Note on the mental hospitals in Burma - 1925-1940
Year: 1925
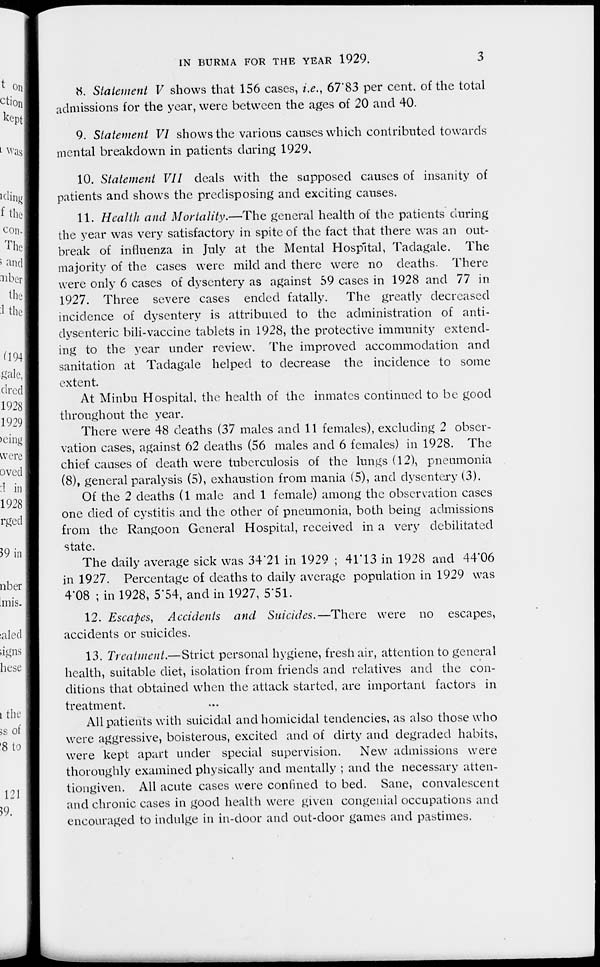
IN BURMA FOR THE YEAR 1929.
3
8. Statement V shows that 156 cases, i.e., 67.83 per cent. of the total
admissions for the year, were between the ages of 20 and 40.
9. Statement VI shows the various causes which contributed towards
mental breakdown in patients during 1929.
10. Statement VII deals with the supposed causes of insanity of
patients and shows the predisposing and exciting causes.
11. Health and Mortality.—The general health of the patients during
the year was very satisfactory in spite of the fact that there was an out-
break of influenza in July at the Mental Hospital, Tadagale. The
majority of the cases were mild and there were no deaths. There
were only 6 cases of dysentery as against 59 cases in 1928 and 77 in
1927. Three severe cases ended fatally. The greatly decreased
incidence of dysentery is attributed to the administration of anti-
dysenteric bili-vaccine tablets in 1928, the protective immunity extend-
ing to the year under review. The improved accommodation and
sanitation at Tadagale helped to decrease the incidence to some
extent.
At Minbu Hospital, the health of the inmates continued to be good
throughout the year.
There were 48 deaths (37 males and 11 females), excluding 2 obser-
vation cases, against 62 deaths (56 males and 6 females) in 1928. The
chief causes of death were tuberculosis of the lungs (12), pneumonia
(8), general paralysis (5), exhaustion from mania (5), and dysentery (3).
Of the 2 deaths (1 male and 1 female) among the observation cases
one died of cystitis and the other of pneumonia, both being admissions
from the Rangoon General Hospital, received in a very debilitated
state.
The daily average sick was 34.21 in 1929 ; 41.13 in 1928 and 44.06
in 1927. Percentage of deaths to daily average population in 1929 was
4.08 ; in 1928, 5.54, and in 1927, 5.51.
12. Escapes, Accidents and Suicides.—There were no escapes,
accidents or suicides.
13. Treatment.—Strict personal hygiene, fresh air, attention to general
health, suitable diet, isolation from friends and relatives and the con-
ditions that obtained when the attack started, are important factors in
treatment.
All patients with suicidal and homicidal tendencies, as also those who
were aggressive, boisterous, excited and of dirty and degraded habits,
were kept apart under special supervision. New admissions were
thoroughly examined physically and mentally ; and the necessary atten-
tiongiven. All acute cases were confined to bed. Sane, convalescent
and chronic cases in good health were given congenial occupations and
encouraged to indulge in in-door and out-door games and pastimes.